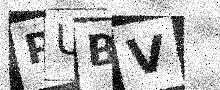
Text: PUBV